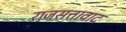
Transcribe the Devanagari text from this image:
राजसत्तावाद